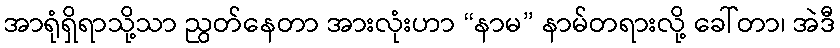
အာရုံရှိရာသို့သာ ညွတ်နေတာ အားလုံးဟာ “နာမ” နာမ်တရားလို့ ခေါ်တာ၊ အဲဒီ